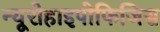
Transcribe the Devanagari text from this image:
न्यूरोहाइपोफिजिस